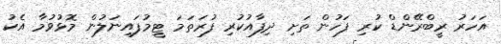
އަހަރު ރީބްރޭންޑް ކުރި ފަހުން ތަށި ދިފާއުކުރި ފުރަތަމަ ޓީމުފައިނަލުން މޮޅުވުމާ އެކު